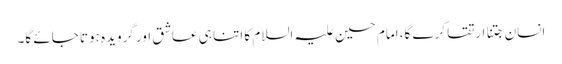
انسان جتنا ارتقا کرے گا، امام حسین علیہ السلام کا اتنا ہی عاشق اور گرویدہ ہوتا جائے گا۔